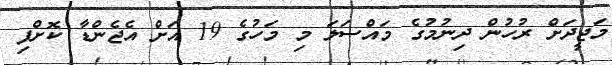
މަޖީދަށް ރުހުން ދިނުމުގެ މައްސަލަ މި މަހުގެ 19 އަށް އެޖެންޑާ ކޮށްފި